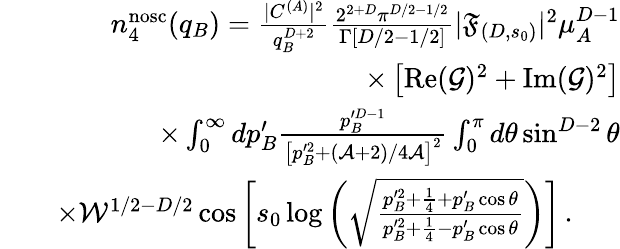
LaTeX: \begin{array}{rlr}&{}&{n_{4}^{\mathrm{nosc}}(q_{B})=\frac{|C^{(A)}|^{2}}{q_{B}^{D+2}}\frac{2^{2+D}\pi^{D/2-1/2}}{\Gamma[D/2-1/2]}|\mathfrak{F}_{(D,s_{0})}|^{2}\mu_{A}^{D-1}}\\ &{}&{\times\left[\operatorname{Re}(\mathcal{G})^{2}+\operatorname{Im}(\mathcal{G})^{2}\right]}\\ &{}&{\times\int_{0}^{\infty}dp_{B}^{\prime}\frac{p_{B}^{\prime D-1}}{\left[p_{B}^{\prime 2}+(\mathcal{A}+2)/4\mathcal{A}\right]^{2}}\int_{0}^{\pi}d\theta\sin^{D-2}\theta}\\ &{}&{\times\mathcal{W}^{1/2-D/2}\cos\left[s_{0}\log\left(\sqrt{\frac{p_{B}^{\prime 2}+\frac 14+p_{B}^{\prime}\cos\theta}{p_{B}^{\prime 2}+\frac 14-p_{B}^{\prime}\cos\theta}}\right)\right]\, .\ \ \ \ \ \ }\end{array}